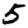
Digit: 5